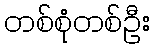
တစ်စုံတစ်ဦး